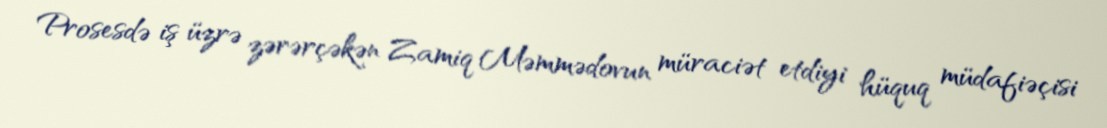
Prosesdə iş üzrə zərərçəkən Zamiq Məmmədovun müraciət etdiyi hüquq müdafiəçisi